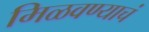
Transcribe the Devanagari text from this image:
मिळवण्याचं